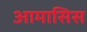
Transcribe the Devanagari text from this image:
आमासिस